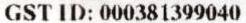
GST ID: 000381399040